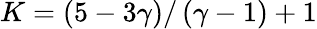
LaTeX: K=\left(5-3\gamma\right)/\left(\gamma-1\right)+1